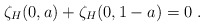
\begin{align*}\zeta_H(0,a) + \zeta_H(0,1-a) =0 \ .\end{align*}